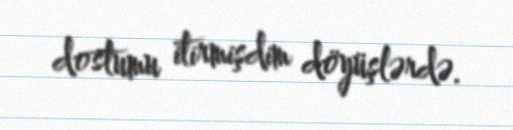
dostumu itirmişdim döyüşlərdə.